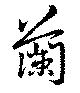
蘭